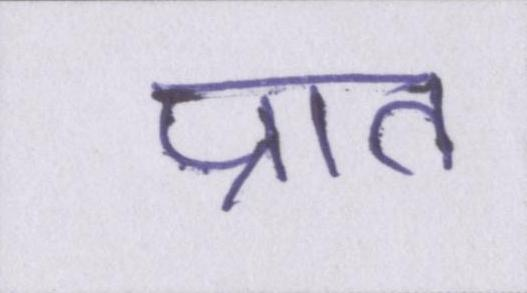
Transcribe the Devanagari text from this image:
प्रात